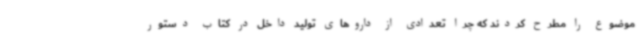
موضوع را مطرح کردند که چرا تعدادی از داروهای تولید داخل در کتاب دستور